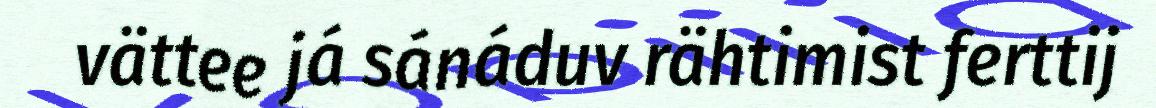
vättee já sánáduv rähtimist ferttij